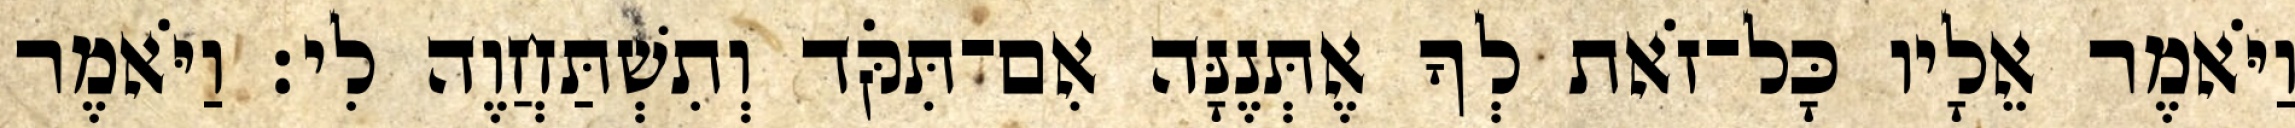
וַיֹּאמֶר אֵלָיו כָּל־זֹאת לְךָ אֶתְּנֶנָּה אִם־תִּקֹּד וְתִשְׁתַּחֲוֶה לִי׃ וַיֹּאמֶר